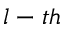
l - t h